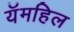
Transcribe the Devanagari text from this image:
यॅमहिल